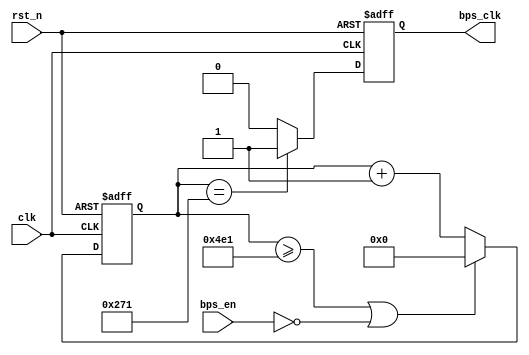
// --------------------------------------------------------------------
// >>>>>>>>>>>>>>>>>>>>>>>>> COPYRIGHT NOTICE <<<<<<<<<<<<<<<<<<<<<<<<<
// --------------------------------------------------------------------
// Module: baud
// 
// 
// Description: Beat for uart transfer and receive baud rate
// 
// Web: www.stepfapga.com
// 
// --------------------------------------------------------------------
// Code Revision History :
// --------------------------------------------------------------------
// Version: |Mod. Date:   |Changes Made:
// V1.0     |2016/04/20   |Initial ver
// --------------------------------------------------------------------
module baud # (
		parameter				BPS_PARA = 1250 //12MHz12509600
	)(
		input					clk,			//
		input					rst_n,		//
		input					bps_en,		//
		output	reg		bps_clk		//
	);	

reg				[12:0]	cnt;
//
always @ (posedge clk or negedge rst_n) begin
	if(!rst_n) 
		cnt <= 1'b0;
	else if((cnt >= BPS_PARA-1)||(!bps_en)) //bps_en
		cnt <= 1'b0;	                    //BPS_PARA
	else 
		cnt <= cnt + 1'b1;
end
	
//UART
always @ (posedge clk or negedge rst_n) begin
	if(!rst_n) 
		bps_clk <= 1'b0;
	else if(cnt == (BPS_PARA>>1)) //2BPS_PARA
		bps_clk <= 1'b1;	
	else 
		bps_clk <= 1'b0;
end

endmodule